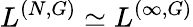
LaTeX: L^{(N,G)}\simeq L^{(\infty,G)}